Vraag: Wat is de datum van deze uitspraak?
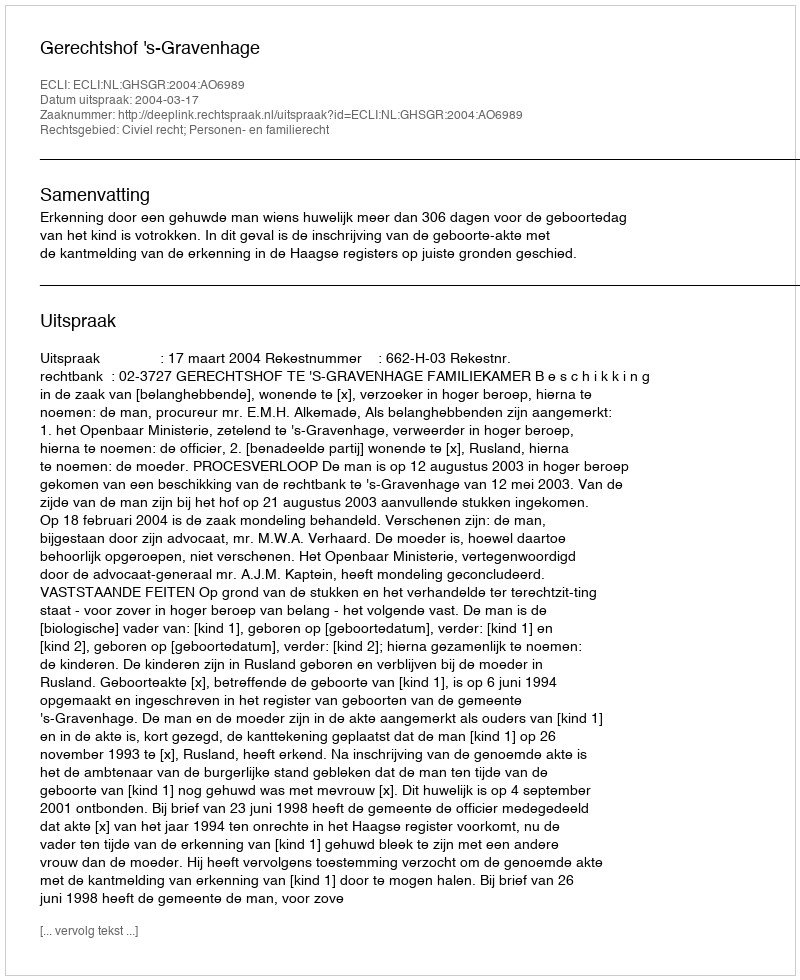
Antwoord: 2004-03-17